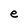
Character: e